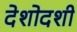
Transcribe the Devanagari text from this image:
देशोदशी